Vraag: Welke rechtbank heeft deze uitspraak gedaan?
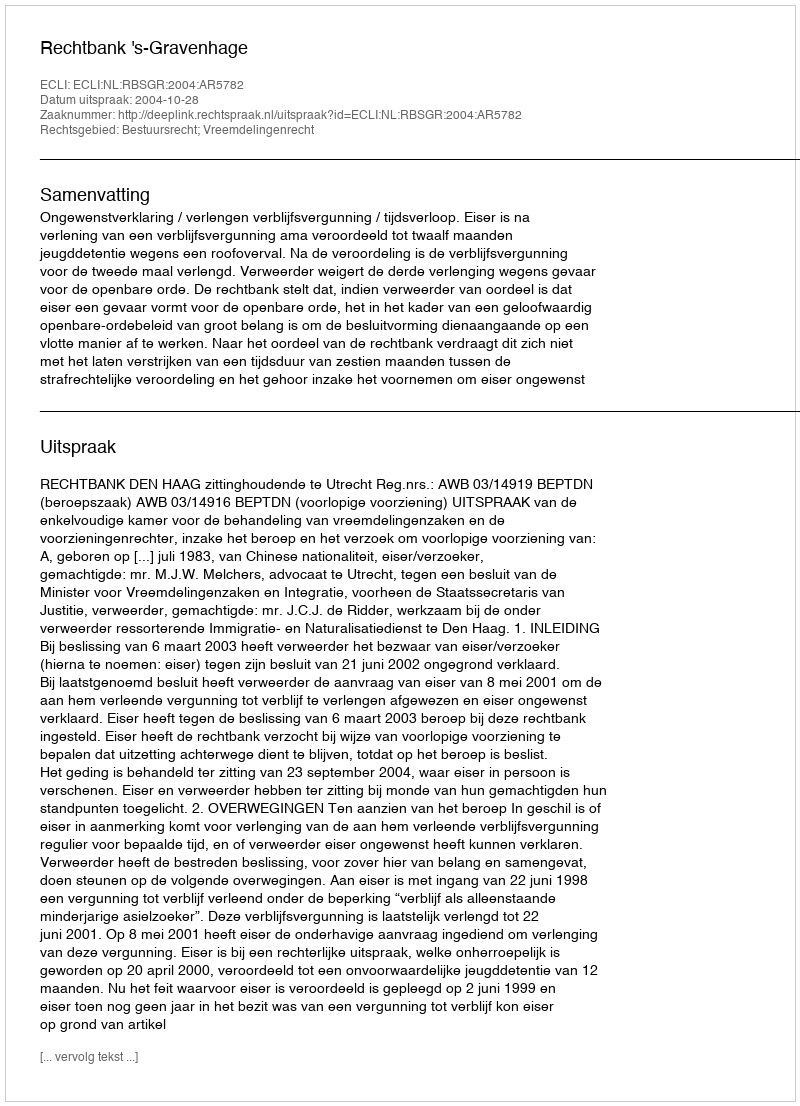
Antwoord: Rechtbank 's-Gravenhage